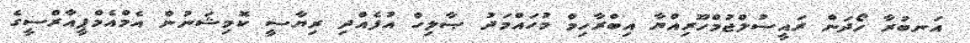
އަނބުރާ ހޯދަން ރައީސުލްޖުމްހޫރިއްޔާ އިބްރާހިމް މުހައްމަދު ޞާލިހް އުފެއްދި ރިޔާސީ ކޮމިޝަނުން އެމްއެމްޕީއާރްސީގެ